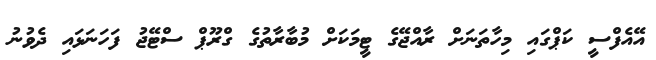
އޭއެފްސީ ކަޕްގައި މިހާތަނަށް ރާއްޖޭގެ ޓީމަކަށް މުބާރާތުގެ ގްރޫޕް ސްޓޭޖު ފަހަނަޅައި ދެވުނު